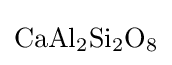
{\ce {CaAl2Si2O8}}